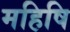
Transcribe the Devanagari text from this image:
महिषि